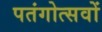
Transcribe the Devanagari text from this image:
पतंगोत्सवों